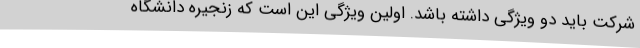
شرکت باید دو ویژگی داشته باشد. اولین ویژگی این است که زنجیره دانشگاه